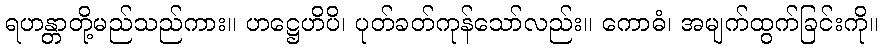
ရဟန္တာတို့မည်သည်ကား။ ဟဋ္ဌေဟိပိ၊ ပုတ်ခတ်ကုန်သော်လည်း။ ကောဓံ၊ အမျက်ထွက်ခြင်းကို။